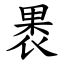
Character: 褁